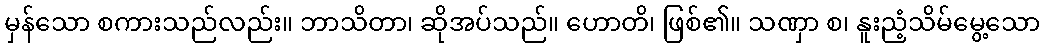
မှန်သော စကားသည်လည်း။ ဘာသိတာ၊ ဆိုအပ်သည်။ ဟောတိ၊ ဖြစ်၏။ သဏှာ စ၊ နူးညံ့သိမ်မွေ့သော